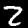
Digit: 2